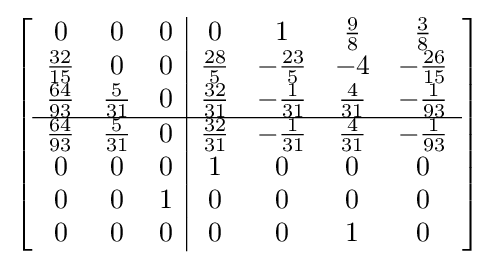
\left[{\begin{array}{ccc|cccc}0&0&0&0&1&{\frac {9}{8}}&{\frac {3}{8}}\\{\frac {32}{15}}&0&0&{\frac {28}{5}}&-{\frac {23}{5}}&-4&-{\frac {26}{15}}\\{\frac {64}{93}}&{\frac {5}{31}}&0&{\frac {32}{31}}&-{\frac {1}{31}}&{\frac {4}{31}}&-{\frac {1}{93}}\\\hline {\frac {64}{93}}&{\frac {5}{31}}&0&{\frac {32}{31}}&-{\frac {1}{31}}&{\frac {4}{31}}&-{\frac {1}{93}}\\0&0&0&1&0&0&0\\0&0&1&0&0&0&0\\0&0&0&0&0&1&0\\\end{array}}\right]